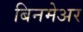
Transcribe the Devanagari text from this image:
बिनमेअर